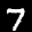
Label: 7